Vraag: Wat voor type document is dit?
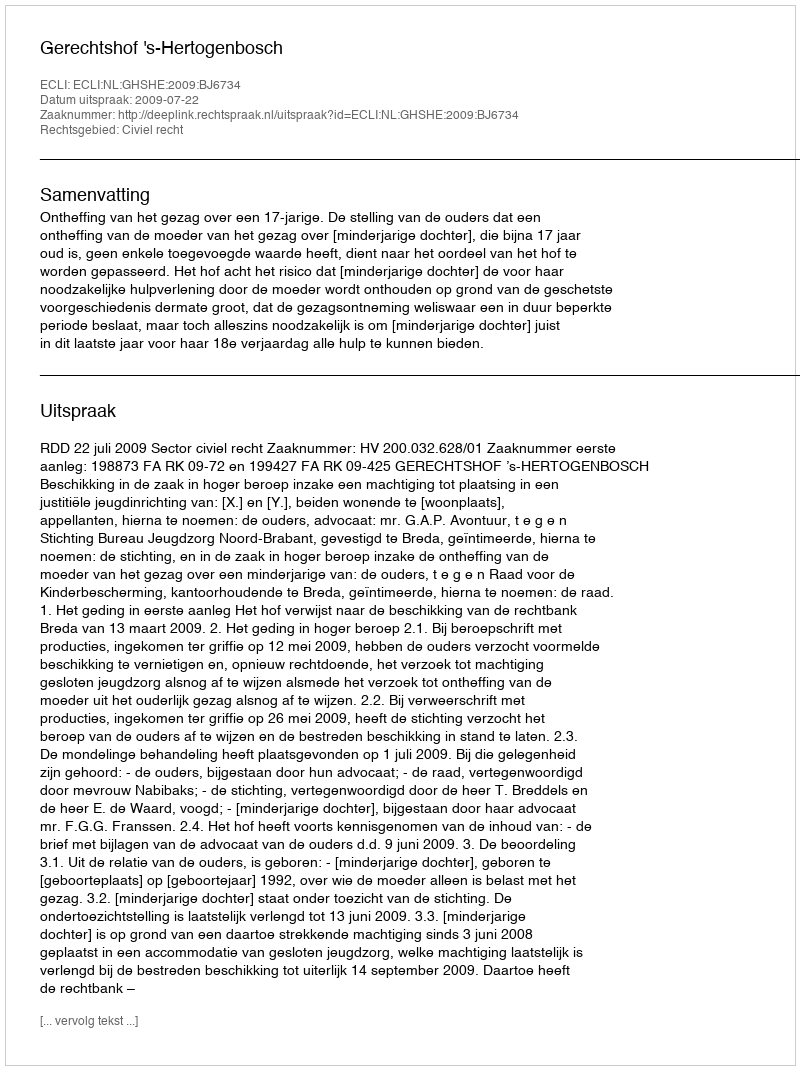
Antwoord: Uitspraak